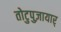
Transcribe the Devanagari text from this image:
तोटुपुज़ायार्